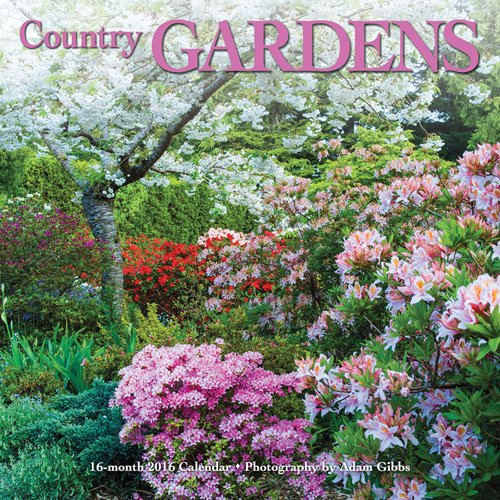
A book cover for Country Gardens 2016 Square 12x12 Wyman; Browntrout Publishers; Calendars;